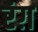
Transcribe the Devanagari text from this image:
रंग़